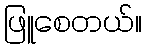
ဖြူစေတယ်။